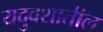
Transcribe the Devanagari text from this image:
यदुवंशातील